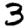
Digit: 3